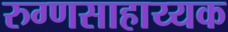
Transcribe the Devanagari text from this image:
रुग्णसाहाय्यक